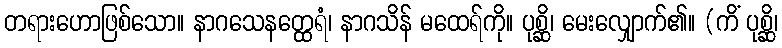
တရားဟောဖြစ်သော။ နာဂသေနတ္ထေရံ၊ နာဂသိန် မထေရ်ကို။ ပုစ္ဆိ၊ မေးလျှောက်၏။ (ကိံ ပုစ္ဆိ၊